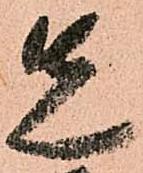
先